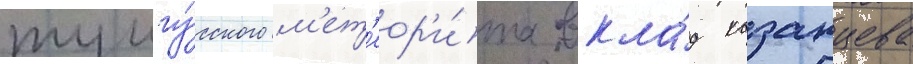
тунгу́сского м'ет'еор'и́та вкла́д казанцева